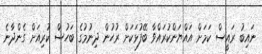
ނައިބު ރައީސް ކަމަށް އައްޔަންކުރައްވާ ބޭފުޅަކަށް ރުހުން ދިނުމުގެ ބަހުސް ކުރިއަށް ގެންދާނެ